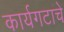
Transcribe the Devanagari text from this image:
कार्यगटाचे